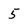
Character: 5